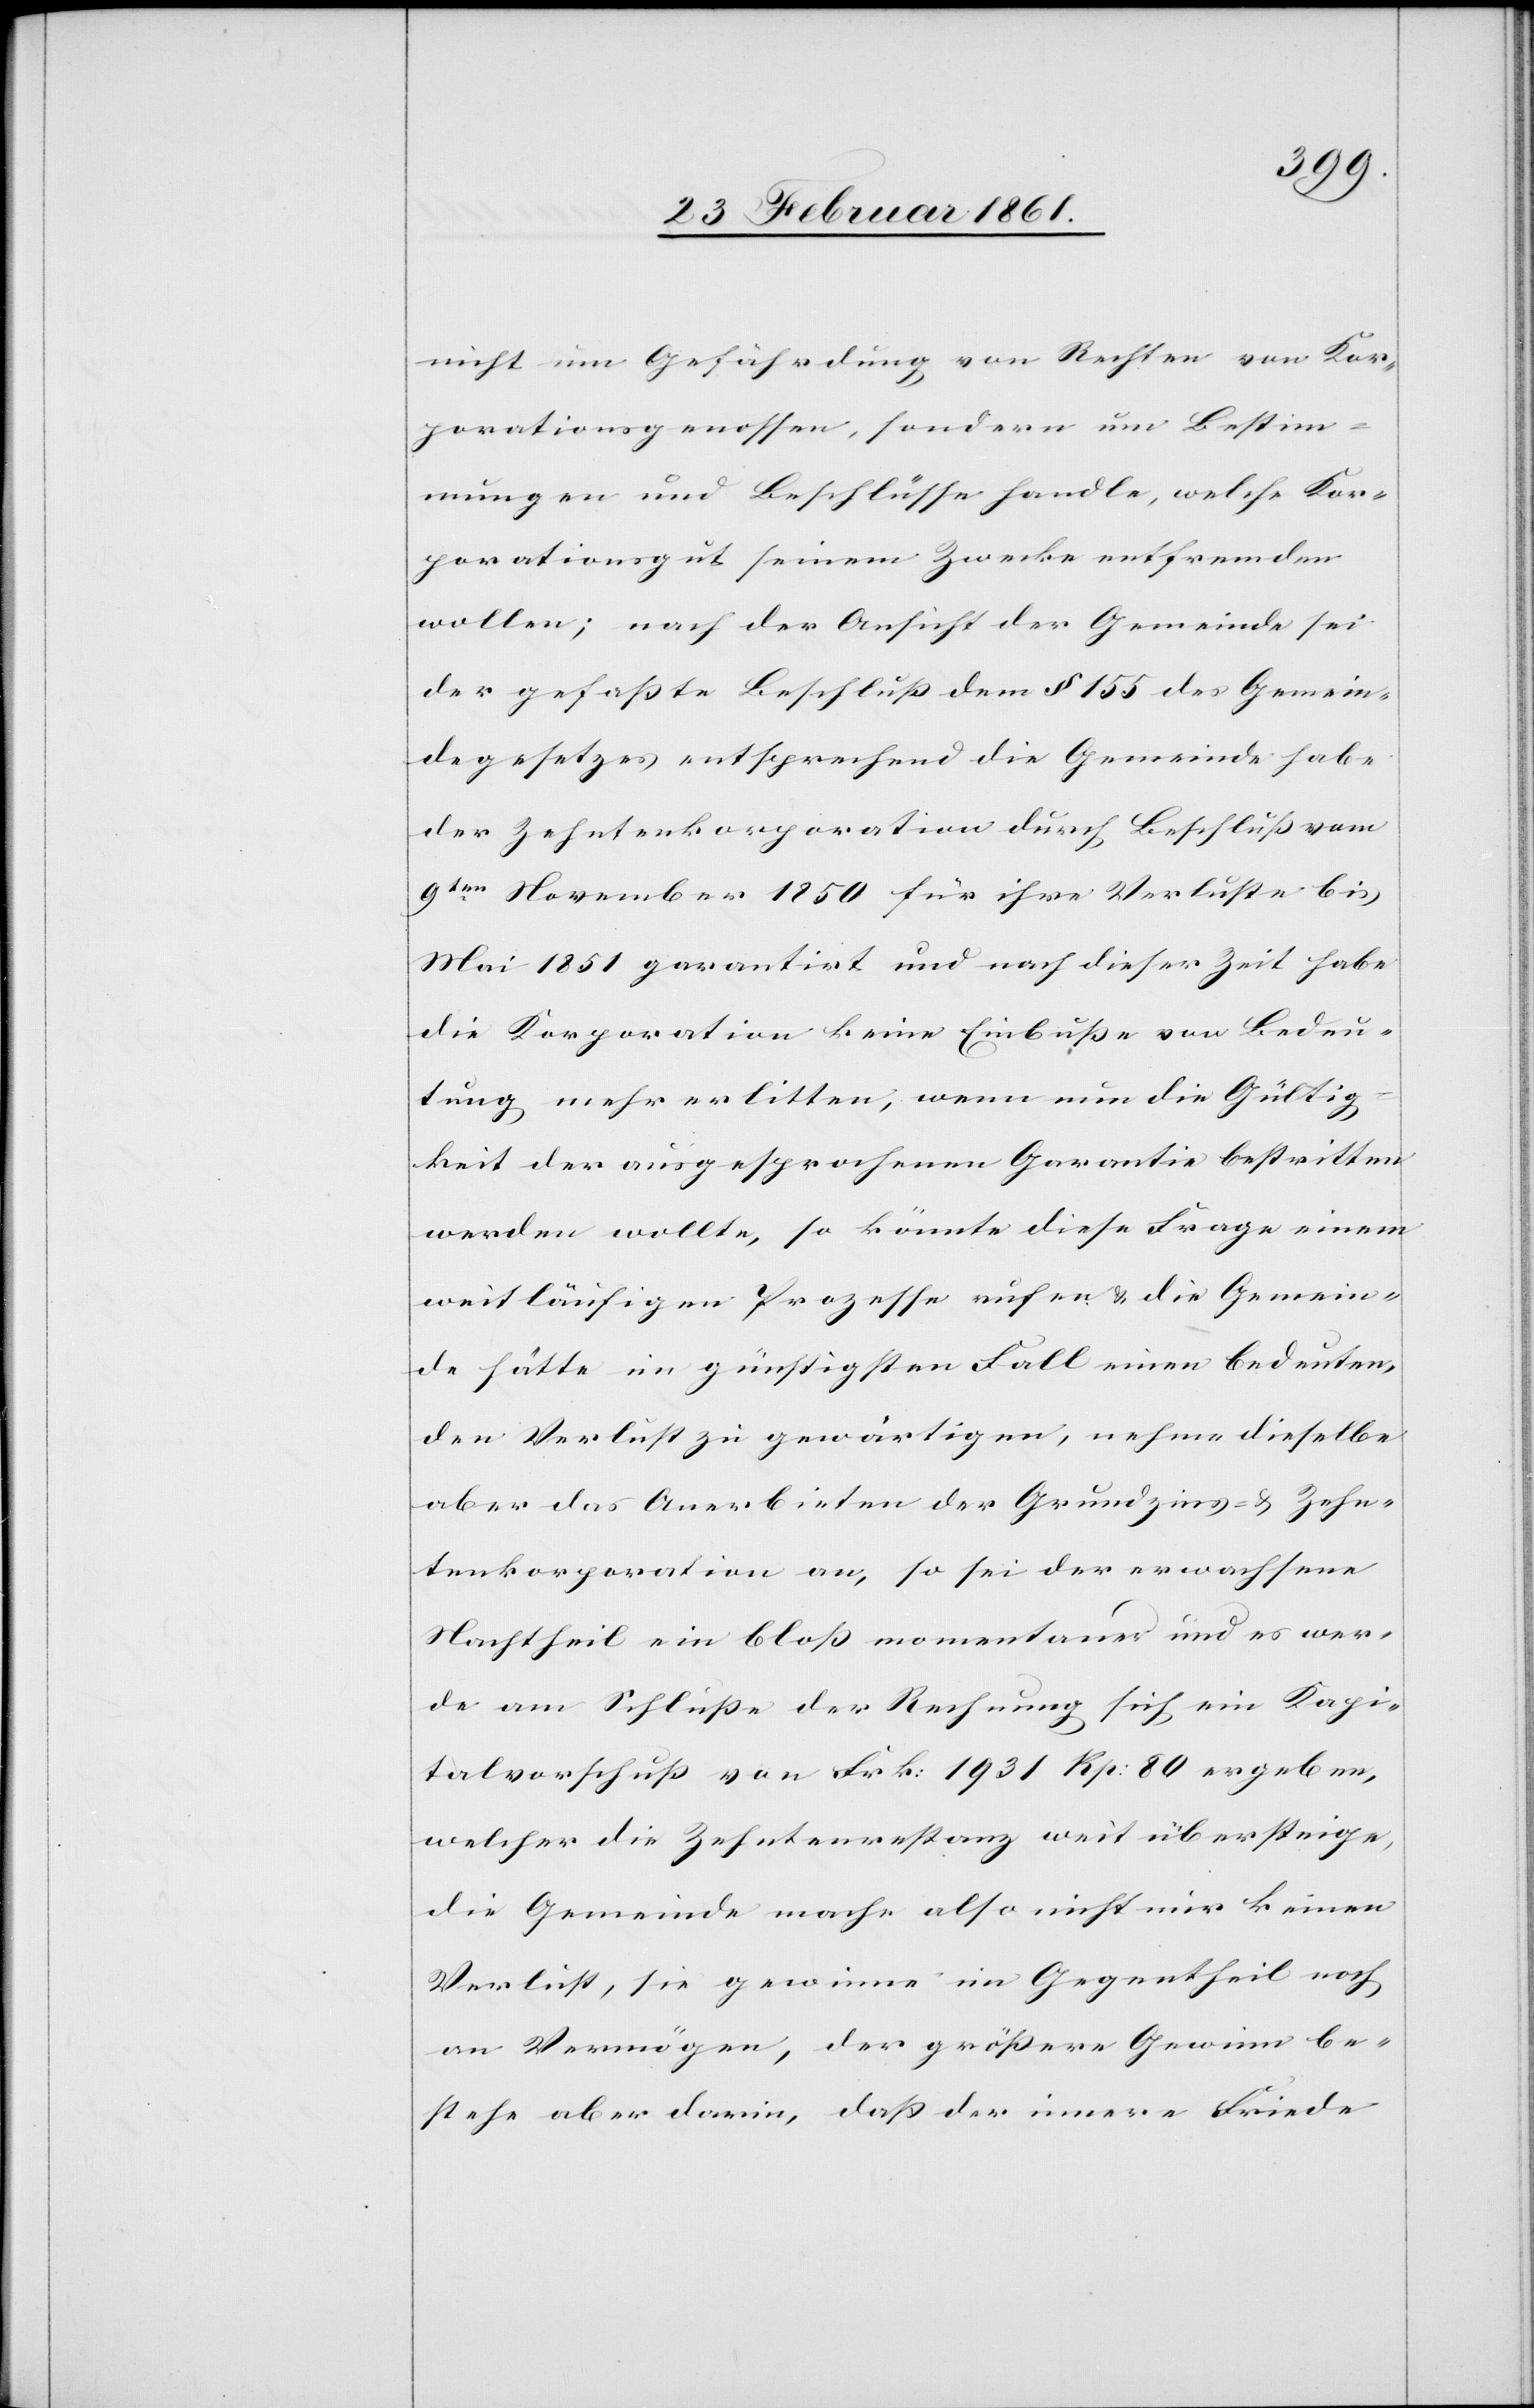
nicht um Gefährdung von Rechten von Kor¬
porationsgenossen, sondern um Bestim¬
mungen und Beschlüsse handle, welche Kor¬
porationsgut seinem Zwecke entfremden
wollen; nach der Ansicht der Gemeinde sei
der gefasste Beschluss dem § 155 des Gemein¬
degesetzes entsprechend[,] die Gemeinde habe
der Zehntenkorporation durch Beschluß vom
9ten November 1850 für ihre Verluste bis
Mai 1851 garantirt und nach dieser Zeit habe
die Korporation keine Einbusse von Bedeu¬
tung mehr erlitten, wenn nun die Gültig¬
keit der ausgesprochenen Garantie bestritten
werde wollte, so könnte diese Frage einem
weitläufigen Prozesse rufen u. die Gemein¬
de hätte im günstigsten Fall einen bedeuten¬
den Verlust zu gewärtigen, nehme dieselbe
aber das Anerbieten der Grundzins- u. Zehn¬
tenkorporation an, so sei der erwachsene
Nachtheil ein bloss momentaner und es wer¬
de am Schlusse der Rechnung sich ein Kapi¬
talvorschuss von Frk: 1931 Rp: 80 ergeben,
welcher die Zehntenrestanz weit übersteige,
die Gemeinde mache also nicht nur keinen
Verlust, sie gewinne im Gegentheil noch
an Vermögen, der grössere Gewinn be¬
stehe aber darin, dass der innere Friede